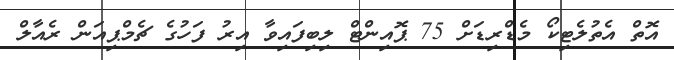
އޮތް އެތުލެޓިކޯ މެޑްރިޑަށް 75 ޕޮއިންޓް ލިބިފައިވާ އިރު ފަހުގެ ޗެމްޕިއަން ރެއާލް